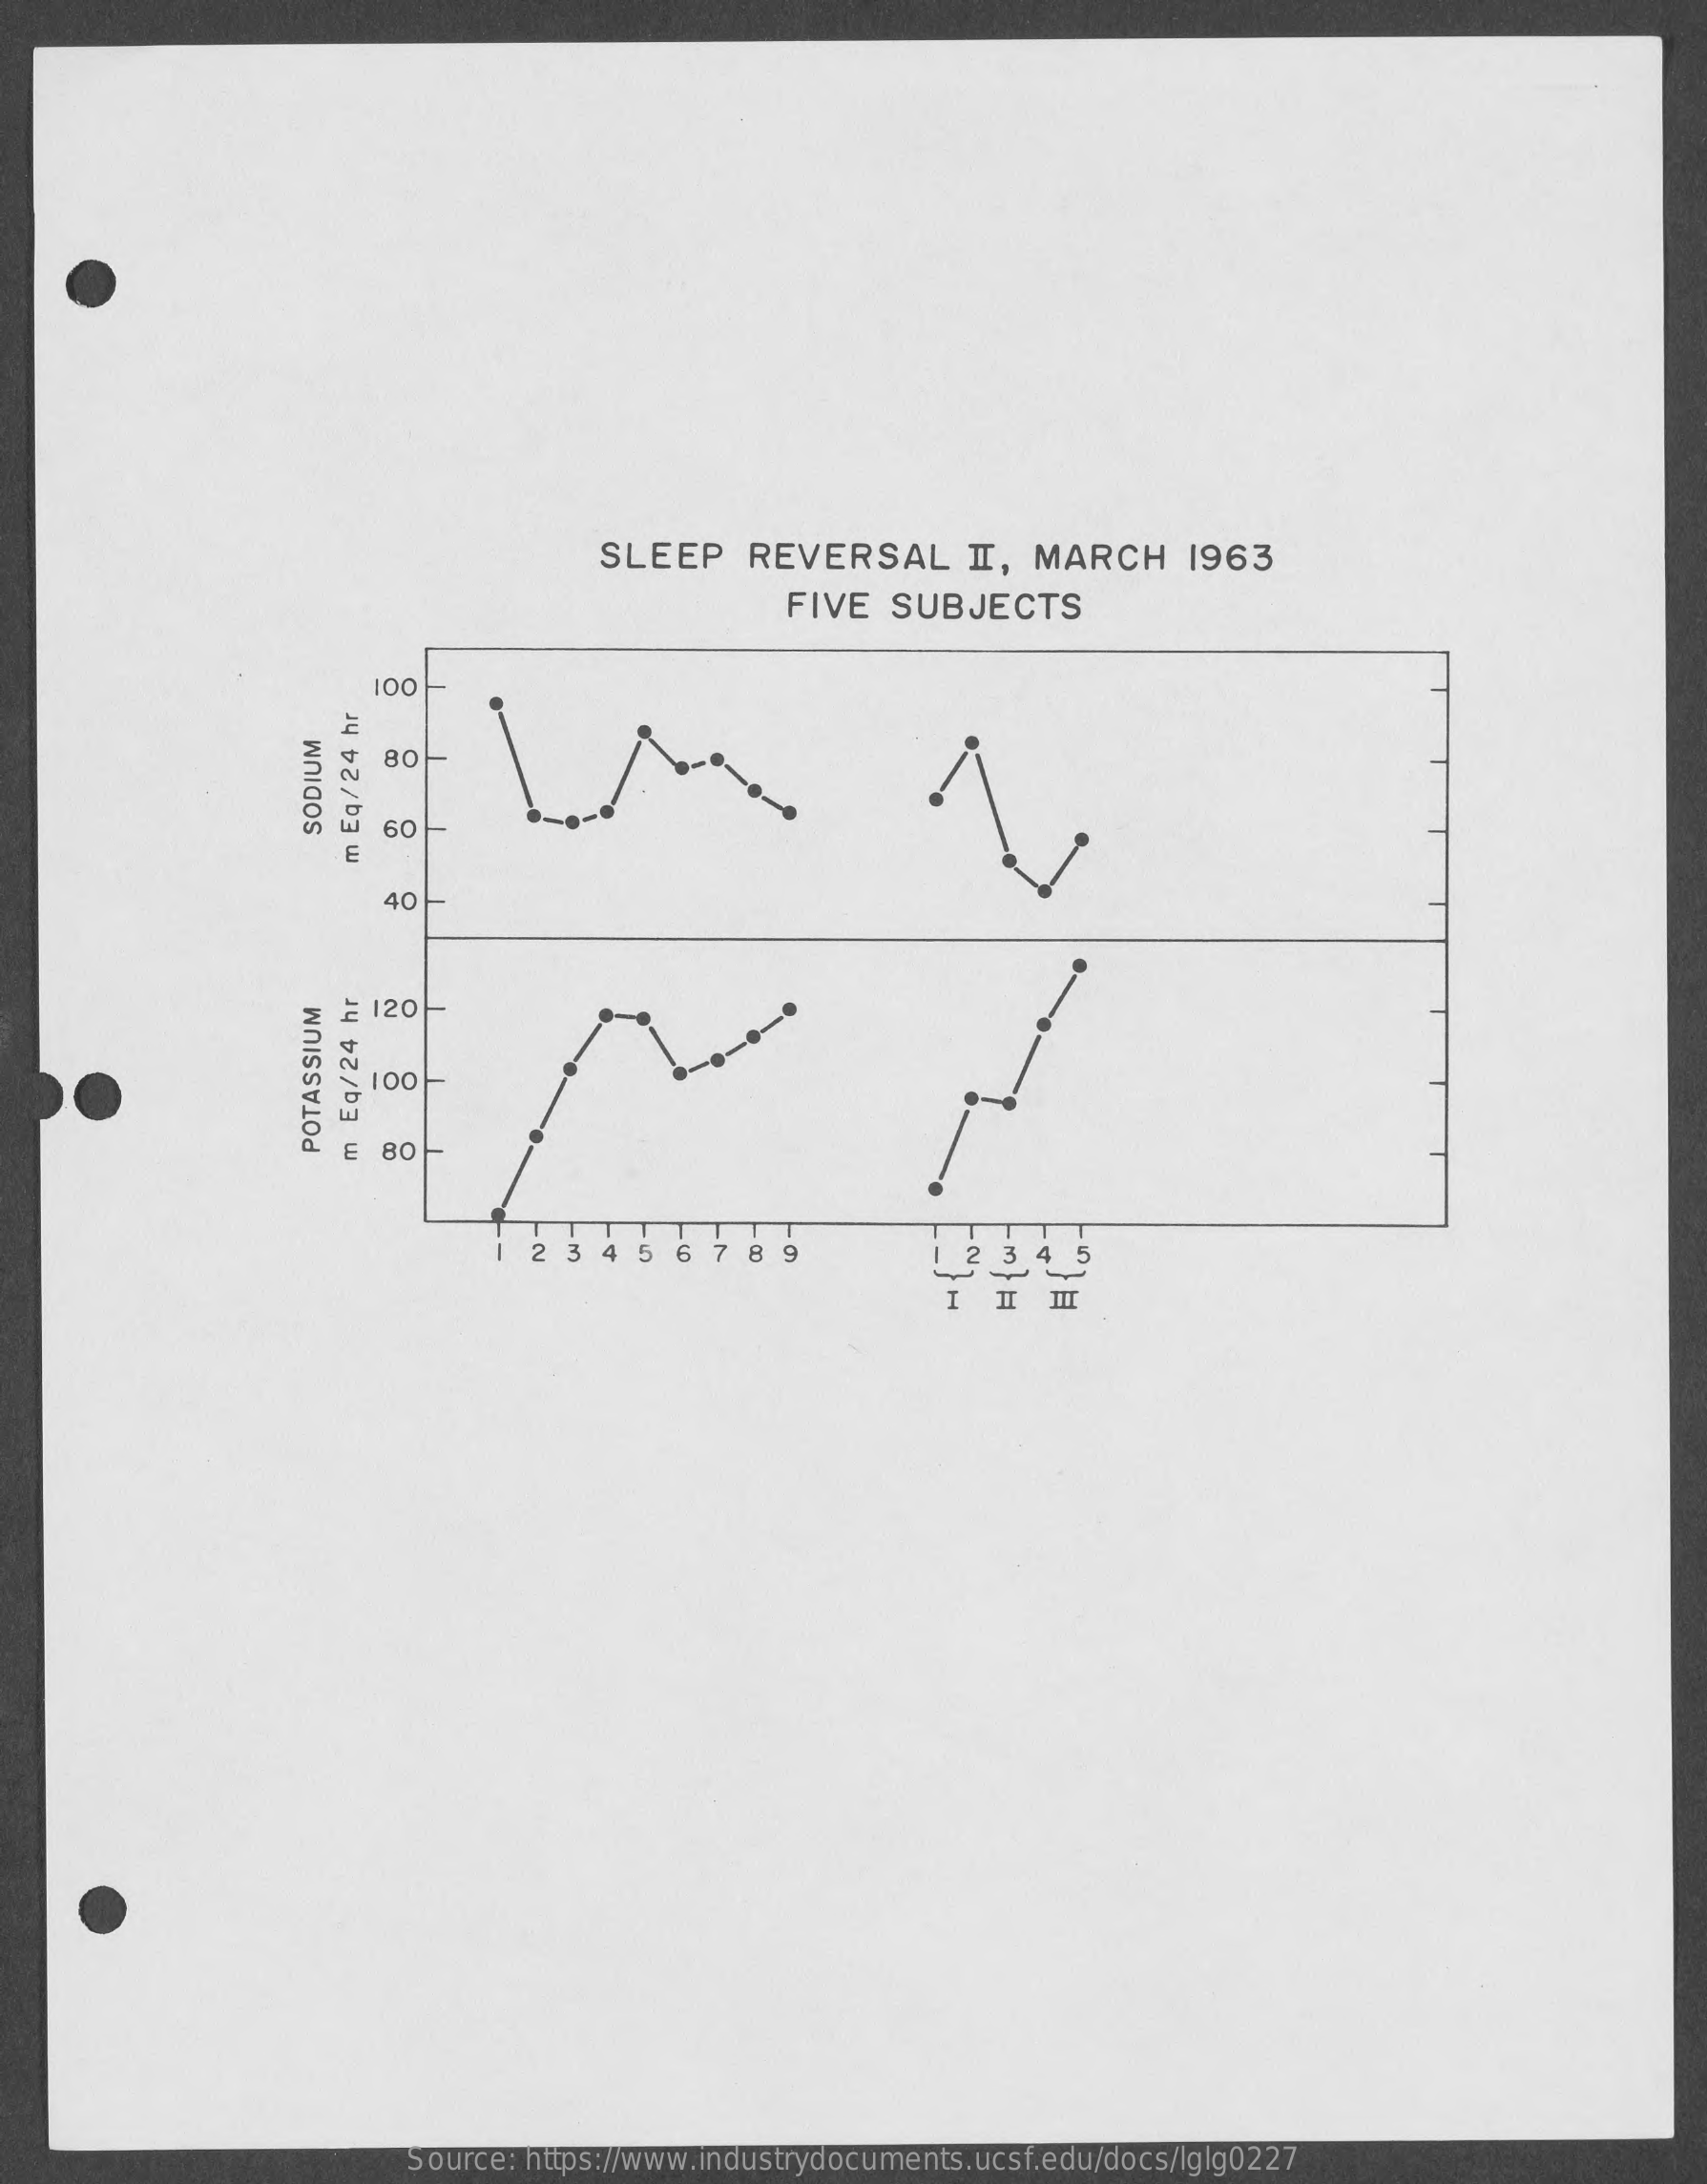
SLEEP    REVERSAL    II, MARCH    1963
     FIVE   SUBJECTS
     00
     80
     60
     SODIUM
     m
     Eq/
     24
     hr
     40
     120
     00
     80-
     POTASSIUM
     m
     Eq/24
     hr
     2  3 4 5  6 78   9    1 2 3  4 5
     II III
     Source: https://www.industrydocuments.ucsf.edu/docs/lglg0227